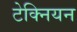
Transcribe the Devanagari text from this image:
टेक्नियन